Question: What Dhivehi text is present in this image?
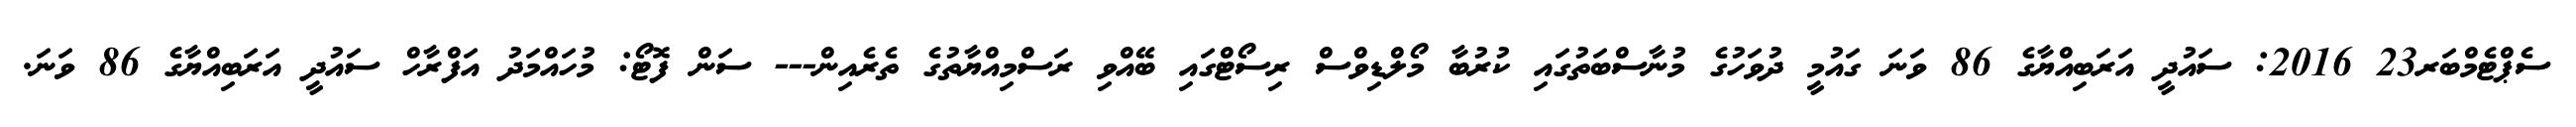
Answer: ސެޕްޓެމްބަރ23 2016: ސައުދީ އަރަބިއްޔާގެ 86 ވަނަ ގައުމީ ދުވަހުގެ މުނާސްބަތުގައި ކުރުބާ މޯލްޑިވްސް ރިސޯޓްގައި ބޭއްވި ރަސްމިއްޔާތުގެ ތެރެއިން--- ސަން ފޮޓޯ: މުހައްމަދު އަފްރާހް ސައުދީ އަރަބިއްޔާގެ 86 ވަނަ.